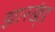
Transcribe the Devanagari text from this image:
झारख्ंड